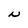
Character: N